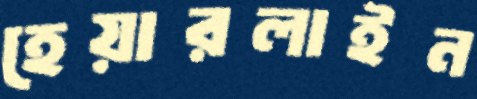
হেয়ারলাইন